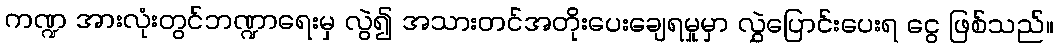
ကဏ္ဍ အားလုံးတွင်ဘဏ္ဍာရေးမှ လွဲ၍ အသားတင်အတိုးပေးချေရမှုမှာ လွှဲပြောင်းပေးရ ငွေ ဖြစ်သည်။